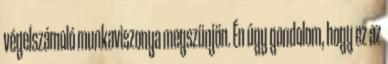
végelszámoló munkaviszonya megszünjön. Én úgy gondolom, hogy ez az